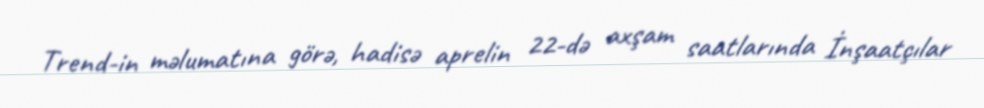
Trend-in məlumatına görə, hadisə aprelin 22-də axşam saatlarında İnşaatçılar